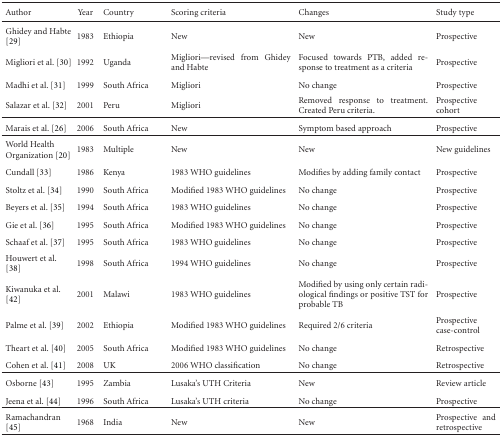
<table><thead><tr><td><b>Author</b></td><td><b>Year</b></td><td><b>Country</b></td><td><b>Scoring criteria</b></td><td><b>Changes</b></td><td><b>Study type</b></td></tr></thead><tbody><tr><td>Ghidey and Habte [29]</td><td>1983</td><td>Ethiopia</td><td>New</td><td>New</td><td>Prospective</td></tr><tr><td>Migliori et al. [30]</td><td>1992</td><td>Uganda</td><td>Migliori—revised from Ghidey and Habte</td><td>Focused towards PTB, added response to treatment as a criteria</td><td>Prospective</td></tr><tr><td>Madhi et al. [31]</td><td>1999</td><td>South Africa</td><td>Migliori</td><td>No change</td><td>Prospective</td></tr><tr><td>Salazar et al. [32]</td><td>2001</td><td>Peru</td><td>Migliori</td><td>Removed response to treatment. Created Peru criteria.</td><td>Prospective cohort</td></tr><tr><td>Marais et al. [26]</td><td>2006</td><td>South Africa</td><td>New</td><td>Symptom based approach</td><td>Prospective</td></tr><tr><td>World Health Organization [20]</td><td>1983</td><td>Multiple</td><td>New</td><td>New</td><td>New guidelines</td></tr><tr><td>Cundall [33]</td><td>1986</td><td>Kenya</td><td>1983 WHO guidelines</td><td>Modifies by adding family contact</td><td>Prospective</td></tr><tr><td>Stoltz et al. [34]</td><td>1990</td><td>South Africa</td><td>Modified 1983 WHO guidelines</td><td>No change</td><td>Prospective</td></tr><tr><td>Beyers et al. [35]</td><td>1994</td><td>South Africa</td><td>1983 WHO guidelines</td><td>No change</td><td>Prospective</td></tr><tr><td>Gie et al. [36]</td><td>1995</td><td>South Africa</td><td>Modified 1983 WHO guidelines</td><td>No change</td><td>Prospective</td></tr><tr><td>Schaaf et al. [37]</td><td>1995</td><td>South Africa</td><td>1983 WHO guidelines</td><td>No change</td><td>Prospective</td></tr><tr><td>Houwert et al. [38]</td><td>1998</td><td>South Africa</td><td>1994 WHO guidelines</td><td>No change</td><td>Prospective</td></tr><tr><td>Kiwanuka et al. [42]</td><td>2001</td><td>Malawi</td><td>1983 WHO guidelines</td><td>Modified by using only certain radiological findings or positive TST for probable TB</td><td>Prospective</td></tr><tr><td>Palme et al. [39]</td><td>2002</td><td>Ethiopia</td><td>Modified 1983 WHO guidelines</td><td>Required 2/6 criteria</td><td>Prospective case-control</td></tr><tr><td>Theart et al. [40]</td><td>2005</td><td>South Africa</td><td>Modified 1983 WHO guidelines</td><td>No change</td><td>Retrospective</td></tr><tr><td>Cohen et al. [41]</td><td>2008</td><td>UK</td><td>2006 WHO classification</td><td>No change</td><td>Retrospective</td></tr><tr><td>Osborne [43]</td><td>1995</td><td>Zambia</td><td>Lusaka&#x27;s UTH Criteria</td><td>New</td><td>Review article</td></tr><tr><td>Jeena et al. [44]</td><td>1996</td><td>South Africa</td><td>Lusaka&#x27;s UTH criteria</td><td>No change</td><td>Prospective</td></tr><tr><td>Ramachandran [45]</td><td>1968</td><td>India</td><td>New</td><td>New</td><td>Prospective and retrospective</td></tr></tbody></table>